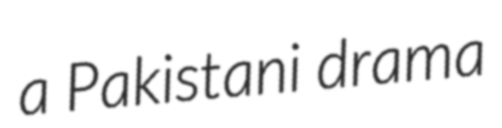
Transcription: a Pakistani drama